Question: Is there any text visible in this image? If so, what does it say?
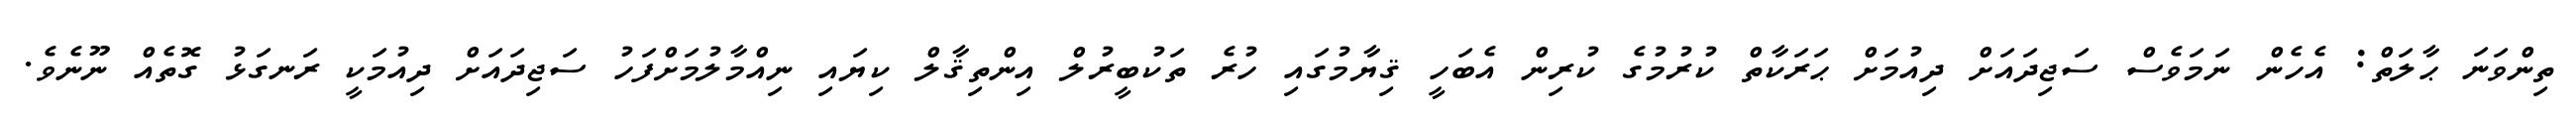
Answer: ތިންވަނަ ޙާލަތް: އެހެން ނަމަވެސް ސަޖިދައަށް ދިއުމަށް ޙަރަކާތް ކުރުމުގެ ކުރިން އެބަހީ ޤިޔާމުގައި ހުރެ ތަކުބީރުލް އިންތިޤާލް ކިޔައި ނިއްމާލުމަށްފަހު ސަޖިދައަށް ދިއުމަކީ ރަނގަޅު ގޮތެއް ނޫނެވެ.